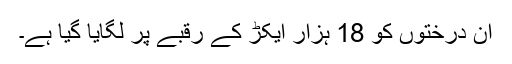
ان درختوں کو 18 ہزار ایکڑ کے رقبے پر لگایا گیا ہے۔